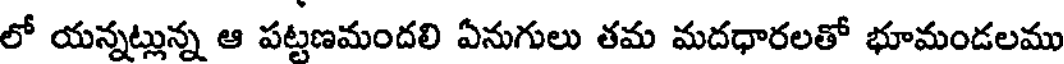
లో యన్నట్లున్న ఆ పట్టణమందలి ఏనుగులు తమ మదధారలతో భూమండలము